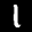
Label: 1